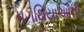
પગથિયાઓની